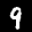
Label: 9